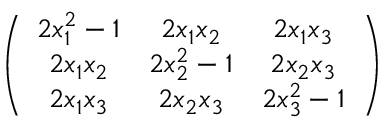
\left( \begin{array} { c c c } { { 2 x _ { 1 } ^ { 2 } - 1 } } & { { 2 x _ { 1 } x _ { 2 } } } & { { 2 x _ { 1 } x _ { 3 } } } \\ { { 2 x _ { 1 } x _ { 2 } } } & { { 2 x _ { 2 } ^ { 2 } - 1 } } & { { 2 x _ { 2 } x _ { 3 } } } \\ { { 2 x _ { 1 } x _ { 3 } } } & { { 2 x _ { 2 } x _ { 3 } } } & { { 2 x _ { 3 } ^ { 2 } - 1 } } \end{array} \right)